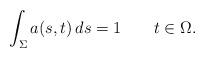
LaTeX: \begin{align*} \int_{\Sigma} a(s,t)\,ds=1 \qquad t\in \Omega. \end{align*}